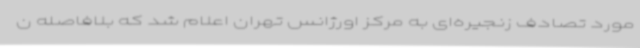
مورد تصادف زنجیره‌ای به مرکز اورژانس تهران اعلام شد که بلافاصله ن